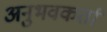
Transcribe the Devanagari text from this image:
अनुभवकर्ता